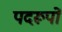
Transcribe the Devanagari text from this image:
पदरूपों